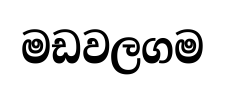
මඩවලගම